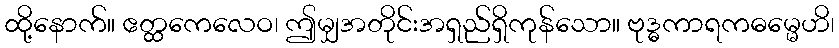
ထို့နောက်။ ဧတ္ထကေလေဝ၊ ဤမျှအတိုင်းအရှည်ရှိကုန်သော။ ဗုဒ္ဓကာရကဓမ္မေဟိ၊